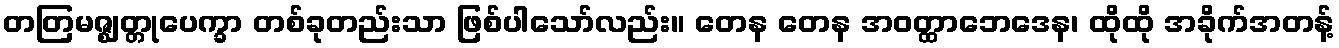
တတြမဇ္ဈတ္တုပေက္ခာ တစ်ခုတည်းသာ ဖြစ်ပါသော်လည်း။ တေန တေန အဝတ္ထာဘေဒေန၊ ထိုထို အခိုက်အတန့်